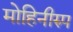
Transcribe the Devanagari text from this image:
मोहिनीरुप